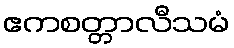
ဧကစတ္တာလီသမံ